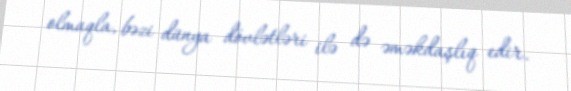
olmaqla, bəzi dünya dövlətləri ilə də əməkdaşlıq edir.